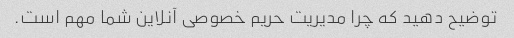
توضیح دهید که چرا مدیریت حریم خصوصی آنلاین شما مهم است.